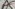
Text: A5